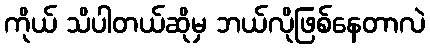
ကိုယ် သိပါတယ်ဆိုမှ ဘယ်လိုဖြစ်နေတာလဲ